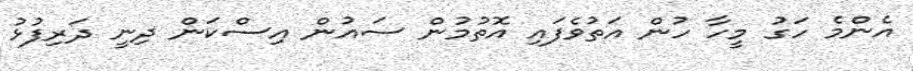
އެންމެ ހަގު މީހާ ހުން އަތުވެފައި އޮތުމުން ސައުން އިސްކަން ދިނީ ދަރިފުޅު